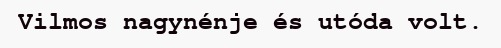
Vilmos nagynénje és utóda volt.